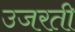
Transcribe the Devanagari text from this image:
उजरती